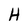
Character: H